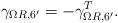
LaTeX: \begin{align*}\gamma_{\Omega R,6'}= -\gamma_{\Omega R,6'}^T.\end{align*}